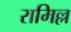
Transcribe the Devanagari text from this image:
रामिल्ल